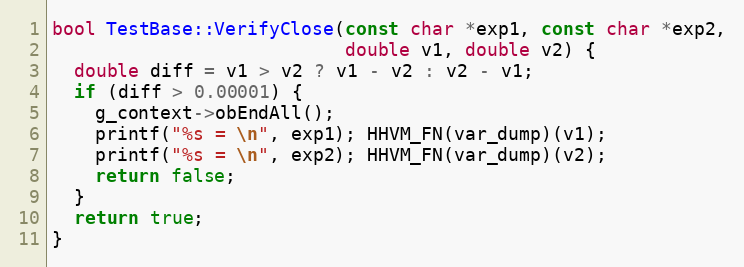
Language: C++
bool TestBase::VerifyClose(const char *exp1, const char *exp2,
                           double v1, double v2) {
  double diff = v1 > v2 ? v1 - v2 : v2 - v1;
  if (diff > 0.00001) {
    g_context->obEndAll();
    printf("%s = \n", exp1); HHVM_FN(var_dump)(v1);
    printf("%s = \n", exp2); HHVM_FN(var_dump)(v2);
    return false;
  }
  return true;
}